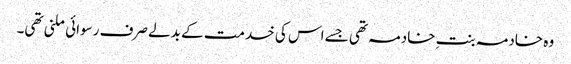
وہ خادمہ بنتِ خادمہ تھی جسے اس کی خدمت کے بدلے صرف رسوائی ملنی تھی۔